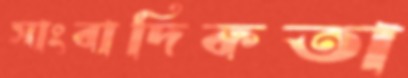
সাংবাদিকতা